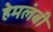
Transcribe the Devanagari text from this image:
हेमलंबी